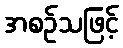
အစဉ်သဖြင့်